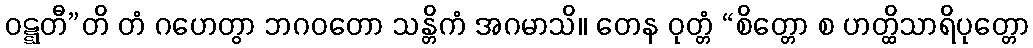
ဝဋ္ဋတီ”တိ တံ ဂဟေတွာ ဘဂဝတော သန္တိကံ အဂမာသိ။ တေန ဝုတ္တံ “စိတ္တော စ ဟတ္ထိသာရိပုတ္တော